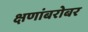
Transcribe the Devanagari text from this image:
क्षणांबरोबर